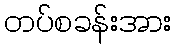
တပ်စခန်းအား